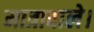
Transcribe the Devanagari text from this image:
मात्रावाले।